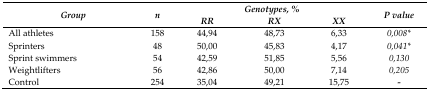
| <ROWSPAN=2> Group | <ROWSPAN=2> n | <COLSPAN=3> Genotypes, % | <ROWSPAN=2> P value |
 | RR | RX | XX |
 | --- | --- | --- | --- | --- | --- |
 | All athletes | 158 | 44,94 | 48,73 | 6,33 | 0,008* |
 | Sprinters | 48 | 50,00 | 45,83 | 4,17 | 0,041* |
 | Sprint swimmers | 54 | 42,59 | 51,85 | 5,56 | 0,130 |
 | Weightlifters | 56 | 42,86 | 50,00 | 7,14 | 0,205 |
 | Control | 254 | 35,04 | 49,21 | 15,75 | - |